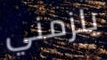
يلزمني